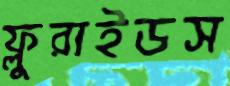
ফ্লুরাইডস